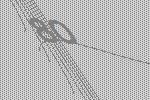
80